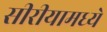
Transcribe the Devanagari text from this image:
सीरीयामध्ये